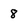
Character: 8